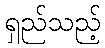
ရှည်သည့်